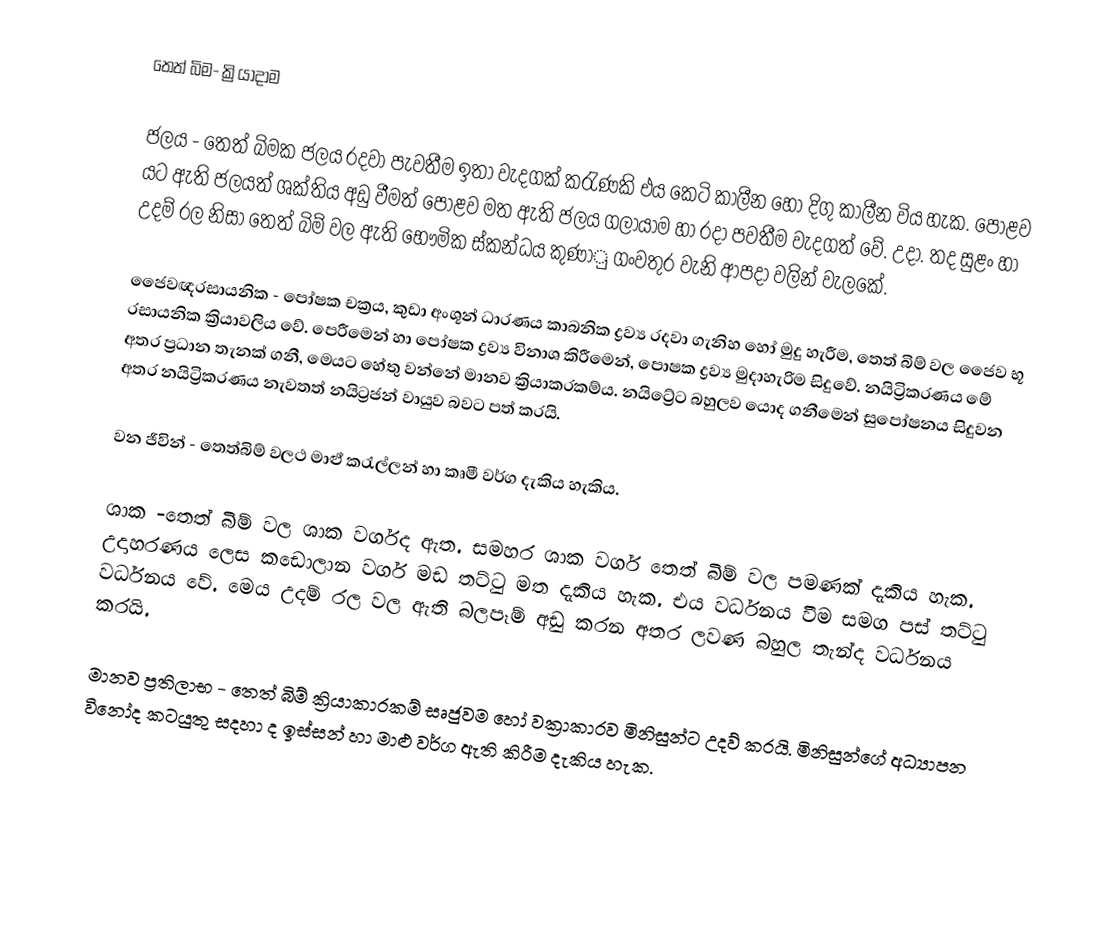
තෙත් බිම- ක්‍රියාදාම

ජලය -	තෙත් බිමක ජලය රදවා පැවතීම ඉතා වැදගක් කරැණකි එය කෙටි කාලීන හෝ දිගු කාලීන විය හැක. පොළව යට ඇති ජලයත් ශක්තිය අඩු වීමත් පොළව මත ඇති ජලය ගලායාම හා රදා පවතීම වැදගත් වේ. උදා. තද සුළං හා උදම් රල නිසා තෙත් බිම් වල ඇති භෞමික ස්කන්ධය කුණාු ගංවතුර වැනි ආපදා වලින් වැලකේ.

ජෛවඥරසායනික - පෝෂක චක්‍රය, කුඩා අංශූන් ධාරණය කාබනික ද්‍රව්‍ය රදවා ගැනිහ හෝ මුදු හැරීම, තෙත් බිම් වල ජෛව භූ රසායනික ක්‍රියාවලිය වේ. පෙරීමෙන් හා පෝෂක ද්‍රව්‍ය විනාශ කිරීමෙන්, පොෂක ද්‍රව්‍ය මුදාහැරිම සිදුවේ. නයිට්‍රිකරණය මේ අතර ප්‍රධාන තැනක් ගනී, මෙයට හේතු වන්නේ මානව ක්‍රියාකරකම්ය. නයිට්‍රේට බහුලව යොද ගනීමෙන් සුපෝෂනය සිදුවන අතර නයිට්‍රිකරණය නැවතත් නයිට්‍රජන් වායුව බවට පත් කරයි.

වන ජීවින් - තෙත්බිම් වලථ මාළු් කරැල්ලන් හා කෘමී වර්ග දැකිය හැකිය.

‍ශාක	-තෙත් බිම් වල ශාක වර්ගද ඇත. සමහර ශාක වර්ග තෙත් බිම් වල පමණක් දැකිය හැක. උදාහරණය ලෙස කඩොලාන වර්ග මඩ තට්ටු මත දැකිය හැක. එය වර්ධනය වීම සමග පස් තට්ටු වර්ධනය වේ. මෙය උදම් රල වල ඇති බලපෑම් අඩු කරන අතර ලවණ බහුල තැන්ද වර්ධනය කරයි.

මානව ප්‍රතිලාභ - තෙත් බිම් ක්‍රියාකාරකම් සෘජුවම හෝ වක්‍රාකාරව මිනිසුන්ට උදව් කරයි. මිනිසුන්ගේ අධ්‍යාපන විනෝද කටයුතු සදහා ද ඉස්සන් හා මාළු වර්ග ඇති කිරීම දැකිය හැක.